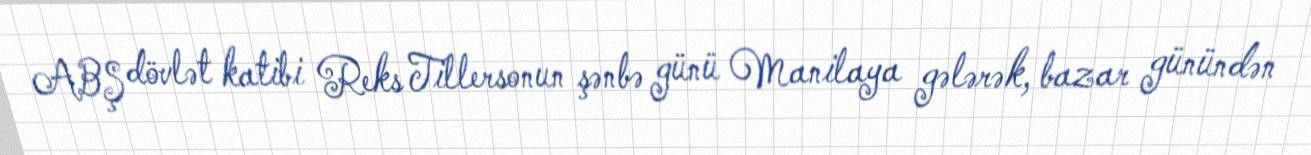
ABŞ dövlət katibi Reks Tillersonun şənbə günü Manilaya gələrək, bazar günündən